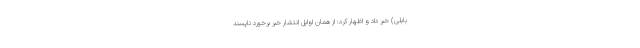
بابلی) خبر داد و اظهار کرد: از همان اوایل انتشار خبر برخورد ناپسند